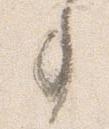
事